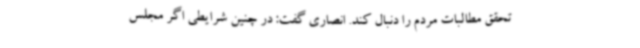
تحقق مطالبات مردم را دنبال کند. انصاری گفت: در چنین شرایطی اگر مجلس